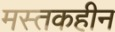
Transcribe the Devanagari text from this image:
मस्तकहीन